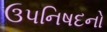
ઉપનિષદનો